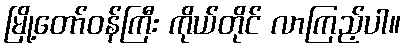
မြို့တော်ဝန်ကြီး ကိုယ်တိုင် လာကြည့်ပါ။